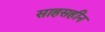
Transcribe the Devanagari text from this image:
साहसहीन